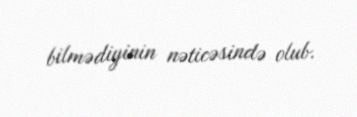
bilmədiyinin nəticəsində olub.